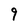
Character: 9